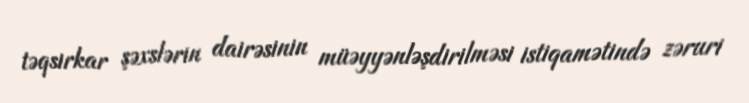
təqsirkar şəxslərin dairəsinin müəyyənləşdirilməsi istiqamətində zəruri